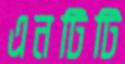
এনটিটি